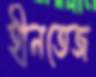
হীনতেজ